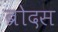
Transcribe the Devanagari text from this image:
ब्रोदस